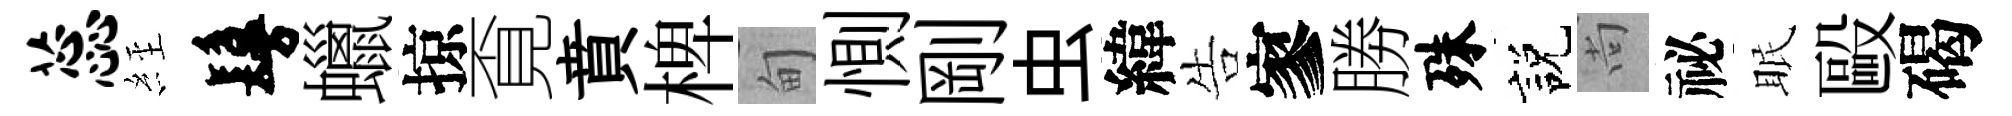
蕊𦀇鬘蠟掠覔賁椑甸惻剛虫緯告寥勝殊説尚祕眠毆碣